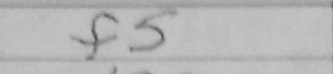
Transcription: f5